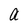
Character: a